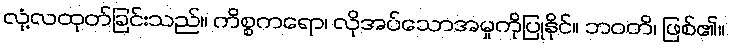
လုံ့လထုတ်ခြင်းသည်။ ကိစ္စကရော၊ လိုအပ်သောအမှုကိုပြုနိုင်။ ဘဝတိ၊ ဖြစ်၏။